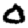
Digit: 0